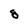
Character: 8